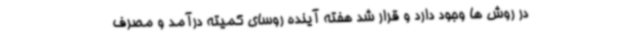
در روش ها وجود دارد و قرار شد هفته آینده روسای کمیته درآمد و مصرف